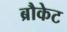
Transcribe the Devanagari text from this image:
ब्रौकेट